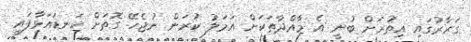
ގަރާރުގައި އިތުރަށް ބުނީ އެ މާއްދާތަކަށް އަމަލު ކުރަން ނުޖެހޭ ގޮތަށް ކަނޑައަޅާފައި